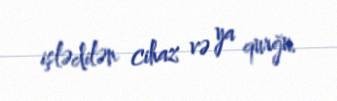
işlədilən cihaz və ya qurğu.